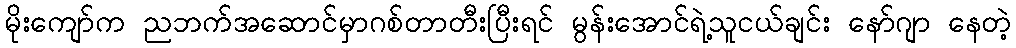
မိုးကျော်က ညဘက်အဆောင်မှာဂစ်တာတီးပြီးရင် မွန်းအောင်ရဲ့သူငယ်ချင်း နော်ဂျာ နေတဲ့